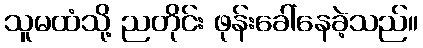
သူမထံသို့ ညတိုင်း ဖုန်းခေါ်နေခဲ့သည်။